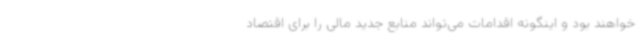
خواهند بود و اینگونه اقدامات می‌تواند منابع جدید مالی را برای اقتصاد